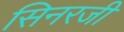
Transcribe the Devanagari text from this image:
सिनरजी